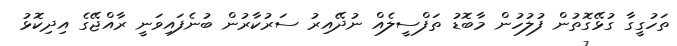
ތަހުގީގާ ގުޅޭގޮތުން ފުލުހުން މާބޮޑު ތަފްސީލެއް ނުދޭއިރު ސަރުކާރުން ބުނެފައިވަނީ ރާއްޖޭގެ އިދިކޮޅު